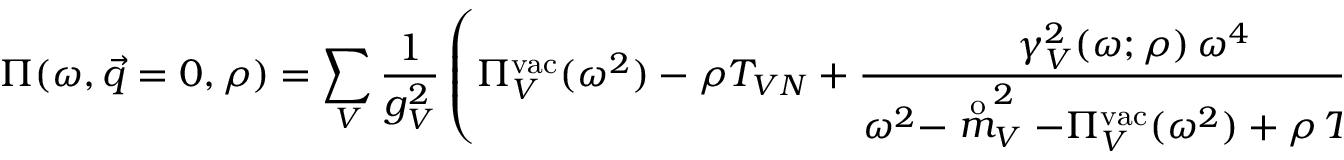
\Pi ( \omega , \vec { q } = 0 , \rho ) = \sum _ { V } \frac { 1 } { g _ { V } ^ { 2 } } \left( \Pi _ { V } ^ { \mathrm { v a c } } ( \omega ^ { 2 } ) - \rho T _ { V N } + \frac { \gamma _ { V } ^ { 2 } ( \omega ; \rho ) \, \omega ^ { 4 } } { \omega ^ { 2 } - \stackrel { \mathrm { o } } { m } _ { V } ^ { 2 } - \Pi _ { V } ^ { \mathrm { v a c } } ( \omega ^ { 2 } ) + \rho \, T _ { V N } } \right) ,